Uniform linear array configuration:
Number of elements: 64
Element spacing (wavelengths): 0.5
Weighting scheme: exponential
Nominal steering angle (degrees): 30
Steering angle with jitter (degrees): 28.735
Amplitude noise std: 0.05
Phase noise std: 0.05

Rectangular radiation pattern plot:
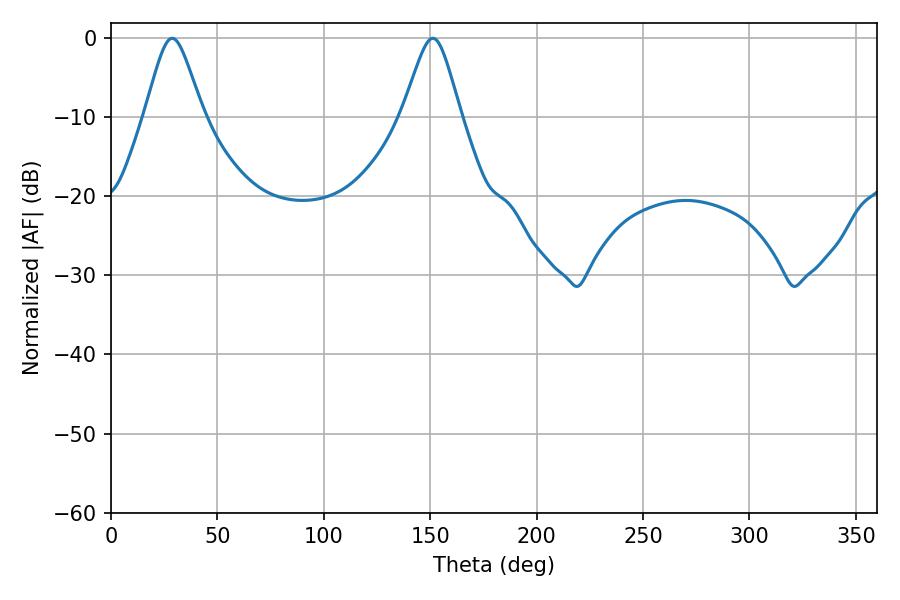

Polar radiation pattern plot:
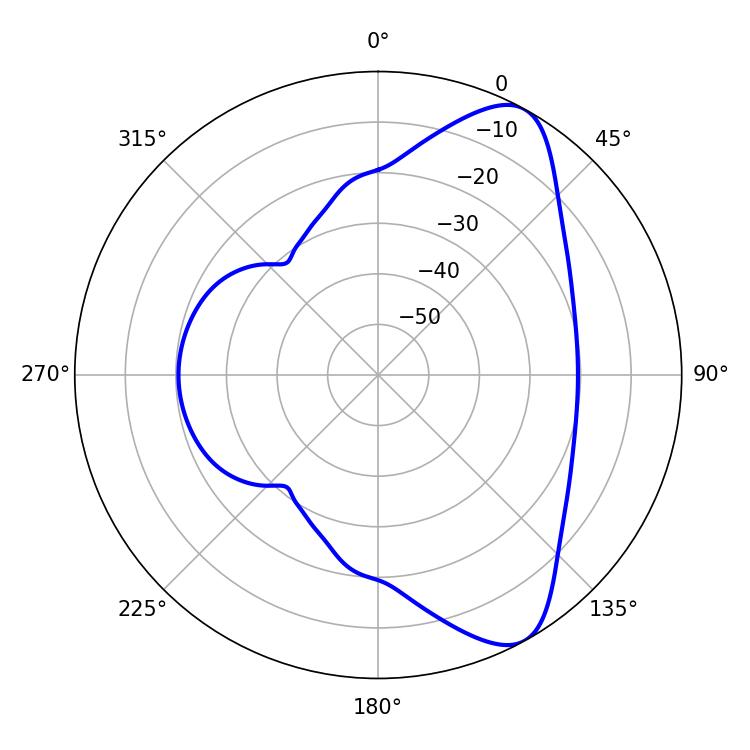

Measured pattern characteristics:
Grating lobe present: FALSE
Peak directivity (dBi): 8.551
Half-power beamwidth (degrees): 13.32
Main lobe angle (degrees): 28.8